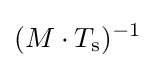
({M\cdot T_{\mathrm {s} }})^{-1}